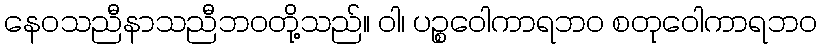
နေဝသညီနာသညီဘဝတို့သည်။ ဝါ၊ ပဉ္စဝေါကာရဘဝ စတုဝေါကာရဘဝ